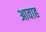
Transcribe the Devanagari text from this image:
आवाह